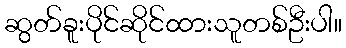
ဆွတ်ခူးပိုင်ဆိုင်ထားသူတစ်ဦးပါ။